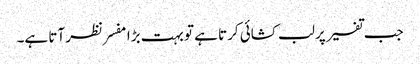
جب تفسیر پر لب کشائی کرتا ہے تو بہت بڑا مفسر نظر آتا ہے۔